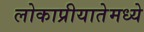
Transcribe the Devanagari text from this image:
लोकाप्रीयातेमध्ये